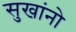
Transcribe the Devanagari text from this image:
सुखांनो